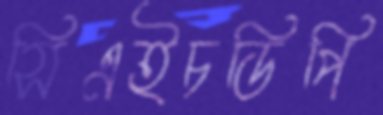
সিএইচডিপি